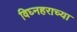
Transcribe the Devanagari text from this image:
विघ्नहराच्या